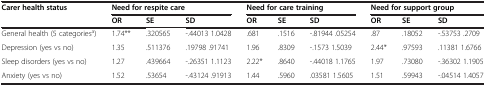
<table><thead><tr><td><b>Carer health status</b></td><td colspan="3"><b>Need for respite care</b></td><td colspan="3"><b>Need for care training</b></td><td colspan="3"><b>Need for support group</b></td></tr><tr><td></td><td><b>OR</b></td><td><b>SE</b></td><td><b>SD</b></td><td><b>OR</b></td><td><b>SE</b></td><td><b>SD</b></td><td><b>OR</b></td><td><b>SE</b></td><td><b>SD</b></td></tr></thead><tbody><tr><td>General health (5 categories<sup>a</sup>)</td><td>1.74**</td><td>.320565</td><td>-.44013 1.0428</td><td>.681</td><td>.1516</td><td>-.81944 .05254</td><td>.87</td><td>.18052</td><td>-.53753 .2709</td></tr><tr><td>Depression (yes vs no)</td><td>1.35</td><td>.511376</td><td>.19798 .91741</td><td>1.96</td><td>.8309</td><td>-.1573 1.5039</td><td>2.44*</td><td>.97593</td><td>.11381 1.6766</td></tr><tr><td>Sleep disorders (yes vs no)</td><td>1.27</td><td>.439664</td><td>-.26351 1.1123</td><td>2.22*</td><td>.8640</td><td>-.44018 1.1765</td><td>1.97</td><td>.73080</td><td>-.36302 1.1905</td></tr><tr><td>Anxiety (yes vs no)</td><td>1.52</td><td>.53654</td><td>-.43124 .91913</td><td>1.44</td><td>.5960</td><td>.03581 1.5605</td><td>1.51</td><td>.59943</td><td>-.04514 1.4057</td></tr></tbody></table>